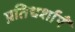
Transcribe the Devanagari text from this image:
प्रतिधर्शाएँ